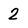
Character: 2